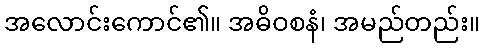
အလောင်းကောင်၏။ အဓိဝစနံ၊ အမည်တည်း။